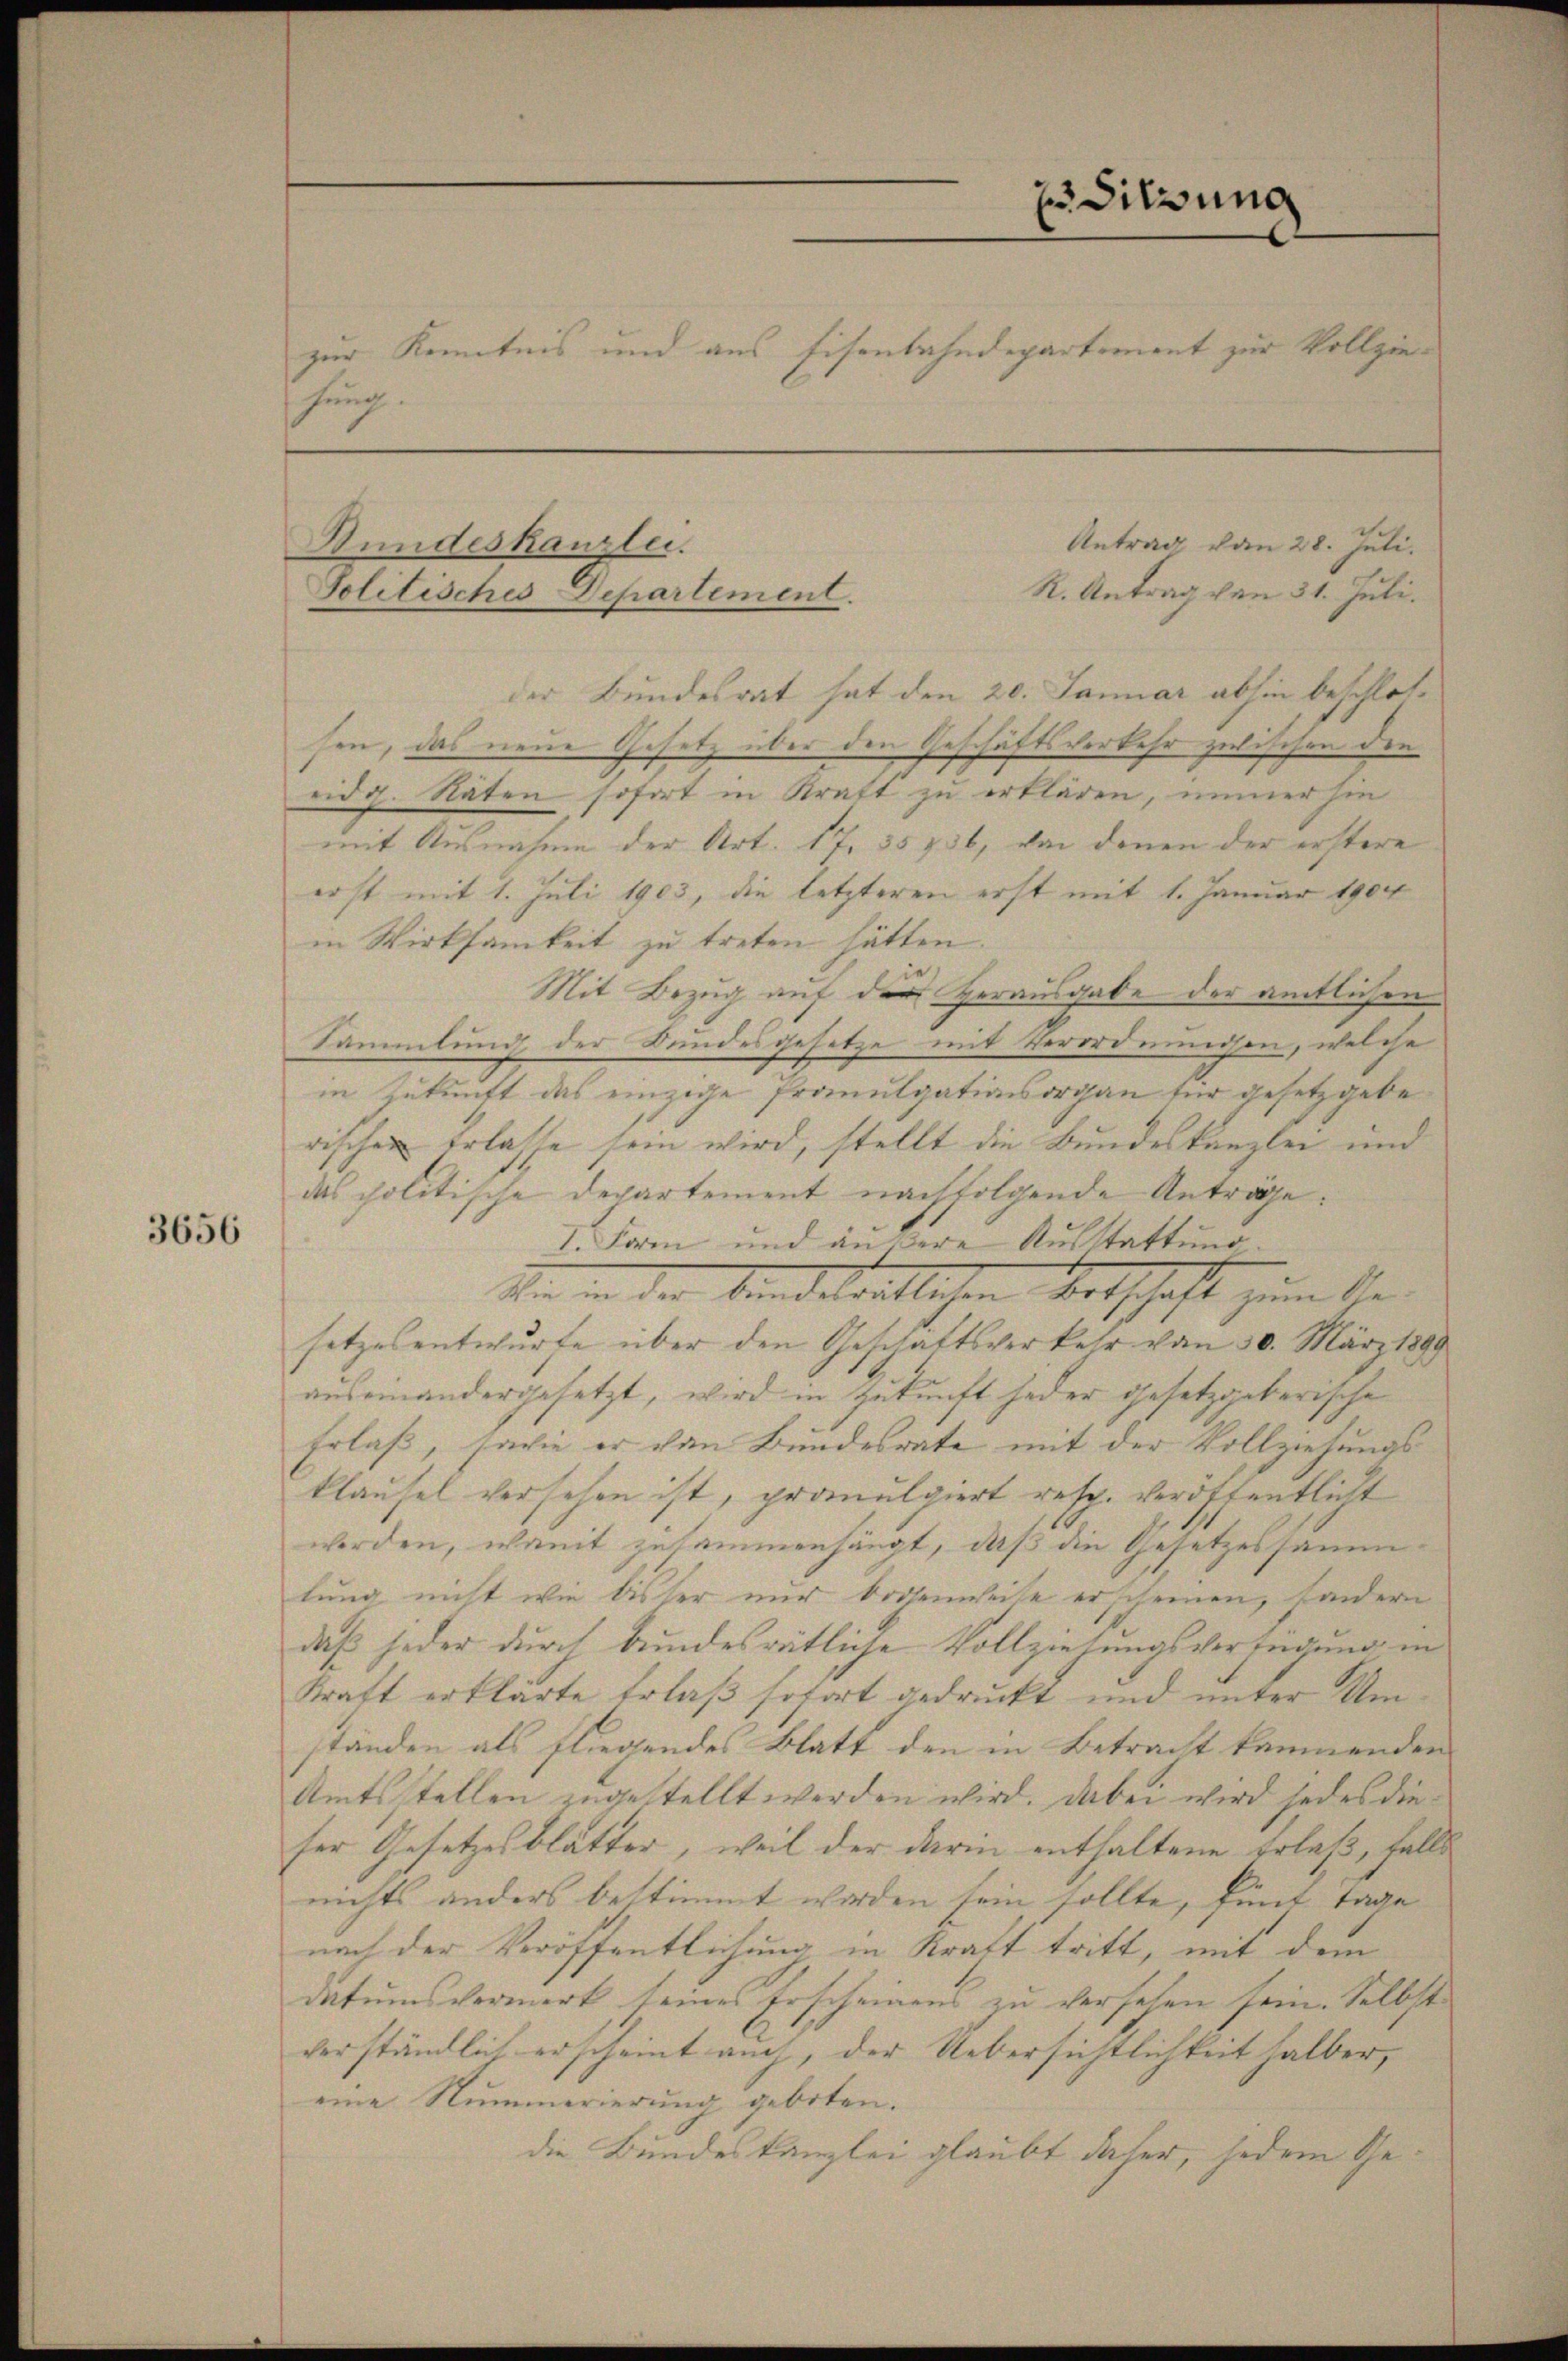
3656

hung.

Bundeskanzlei.
Politisches Departement.

Er Sitzung
zur Kenntnis und aus Eisenbahndepartement zur Vollzie¬

Antrag vom 28. Juli.
R. Antrag von 31. Juli.
der Bundesrat hat den 20. Januar abhin beschlossen, das neue Gesetz über den Geschäftsverkehr zwischen die
eidg. Räten sofort in Kraft zu erklären, immer hin
mit Ausnahme der Art. 17, 35236, von denen der erstere
erst mit 1. Juli 1903, die letzteren erst mit 1. Januar 1904
in Wirksamkeit zu treten hätten.
Mit Bezug auf der Herausgabe der amtlichen
Sammlung der Landesgesetze mit Verordnungen, welche
in Zukunft das einzige Promulgationsorgan für gesetzgeberischen erlasse sein wird, stellt die Bundeskanzlei und
das politische Departement nachfolgende Anträge.
I. Form und ändere Ausstattung.
den in der Kindetentlichen Ortschaft zum Gesetzesentwurfe über den Geschaftsverkehr vom 30. März 1890
auseinandergesetzt, wird in Zukunft jeder gesetzgeberische
Erlaß, sowie er von Bundesrate mit der Vollziehungsklausel versehen ist, promulgiert resp. veröffentlicht
werden, womit zusammenhängt, daß die Gesetzessammlung nicht wie bisher nur bogenweise erscheinen, sondern
daß jeder durch bundesrätliche Vollziehungsverfügung in
Kraft erklärte Erlaß sofort gedruckt und unter Um
ständen als fliegendes Blatt den in Betracht kommenden
Amtsstellen zugestellt werden wird. Dabei wird jedes dieser Gesetzesblätter, weil der darin enthaltene Erlaß, falls
nichts anders bestimmt worden sein sollte, funt Tage
nach der Veröffentlichung in Kraft tritt, mit dem
datumsvermerk seines Erscheinens zu versehen sein. Selbst
verständlich erscheint auch, der Uebersichtlichkeit halber,
eine Nummerierung geboten.
die Bundeskanzlei glaubt daher, jedem Ge¬